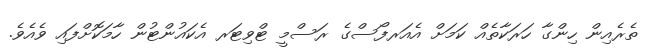
ތެރެއިން ހިންގާ ހަރަކާތެއް ކަމަށް އެއަރފޯސްގެ ރަސްމީ ޓްވިޓަރ އެކައުންޓުން ހާމަކޮށްފައި ވެއެވެ.